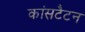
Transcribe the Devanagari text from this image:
कांसटैटन